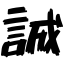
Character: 誠